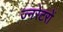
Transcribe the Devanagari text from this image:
ज्नरेटरों